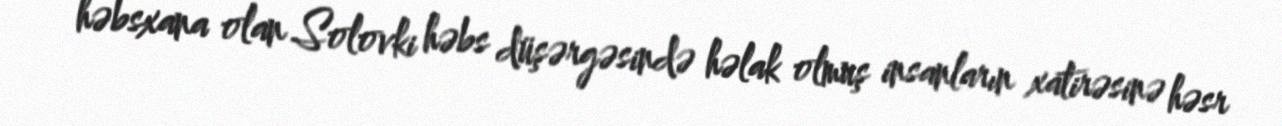
həbsxana olan Solovki həbs düşərgəsində həlak olmuş insanların xatirəsinə həsr